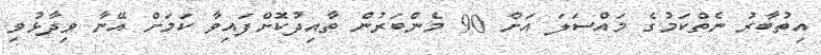
އިތުބާރު ނެތްކަމުގެ މައްސަލަ އަށް 90 މެންބަރުން ތާއިދުކޮށްފައިވާ ކަމަށް އޭނާ ވިދާޅުވި